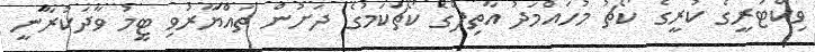
ވިކްޓަރީގެ ކުރީގެ ކޯޗު މުހައްމަދު އާތިފްގެ ކޯޗުކަމުގެ ދަށުން ތައްޔާރުވި ޓީމު ވާދަކުރާނީ